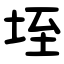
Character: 垤